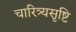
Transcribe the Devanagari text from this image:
चारित्र्यसृष्टि